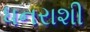
ધનરાશી